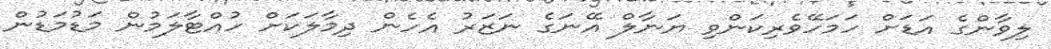
ލިވާންގެ އަޑަށް ހަމަހޭވެރިކަންވި ޔަނާލް އޭނަގެ ނަޒަރު އެހެން ދިމާލަކަށް ހުއްޓާލަމުން މަޑުމަޑުން